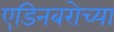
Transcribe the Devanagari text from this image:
एडिनबरोच्या